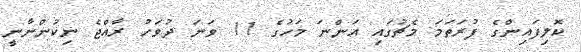
ކޮލިފައިންގެ ފުރަތަމަ މެޗުގައި އަންނަ މަހުގެ 11 ވަނަ ދުވަހު ރާއްޖެ ނިކުންނާނީ